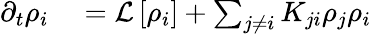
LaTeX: \begin{array}{rl}{\partial_{t}\rho_{i}}&{{}=\mathcal{L}\left[\rho_{i}\right]+\sum_{j\neq i}K_{ji}\rho_{j}\rho_{i}}\end{array}